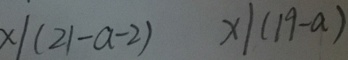
x \vert ( 2 1 - a - 2 ) x \vert ( 1 9 - a )